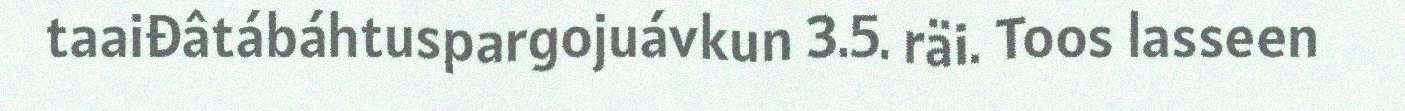
taaiđâtábáhtuspargojuávkun 3.5. räi. Toos lasseen